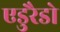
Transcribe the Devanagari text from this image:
एडुरैडो